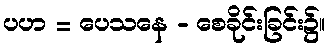
ပဟ = ပေသနေ - စေခိုင်းခြင်း၌။